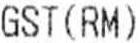
GST(RM)